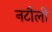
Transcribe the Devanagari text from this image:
नटौली